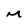
Character: M